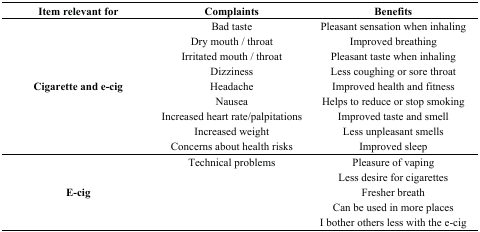
| Item relevant for | Complaints | Benefits |
 | --- | --- | --- |
 | <ROWSPAN=9> Cigarette and e-cig | Bad taste | Pleasant sensation when inhaling |
 | Dry mouth / throat | Improved breathing |
 | Irritated mouth / throat | Pleasant taste when inhaling |
 | Dizziness | Less coughing or sore throat |
 | Headache | Improved health and fitness |
 | Nausea | Helps to reduce or stop smoking |
 | Increased heart rate/palpitations | Improved taste and smell |
 | Increased weight | Less unpleasant smells |
 | Concerns about health risks | Improved sleep |
 | <ROWSPAN=5> E-cig | Technical problems | Pleasure of vaping |
 |  | Less desire for cigarettes |
 |  | Fresher breath |
 |  | Can be used in more places |
 |  | I bother others less with the e-cig |